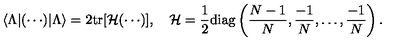
\langle \Lambda | ( \cdots ) | \Lambda \rangle = 2 \mathrm { t r } [ { \cal H } ( \cdots ) ] , \quad { \cal H } = { \frac { 1 } { 2 } } \mathrm { d i a g } \left( { \frac { N - 1 } { N } } , { \frac { - 1 } { N } } , \ldots , { \frac { - 1 } { N } } \right) .